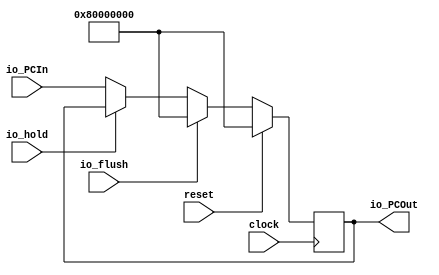
module PC(
  input         clock,
  input         reset,
  input         io_flush,
  input         io_hold,
  input  [31:0] io_PCIn,
  output [31:0] io_PCOut
);
`ifdef RANDOMIZE_REG_INIT
  reg [31:0] _RAND_0;
`endif // RANDOMIZE_REG_INIT
  reg [31:0] PCReg; // @[PC.scala 20:22]
  assign io_PCOut = PCReg; // @[PC.scala 26:12]
  always @(posedge clock) begin
    if (reset) begin // @[PC.scala 20:22]
      PCReg <= 32'h80000000; // @[PC.scala 20:22]
    end else if (io_flush) begin // @[PC.scala 22:18]
      PCReg <= 32'h80000000; // @[PC.scala 22:26]
    end else if (!(io_hold)) begin // @[PC.scala 23:19]
      PCReg <= io_PCIn; // @[PC.scala 24:26]
    end
  end
// Register and memory initialization
`ifdef RANDOMIZE_GARBAGE_ASSIGN
`define RANDOMIZE
`endif
`ifdef RANDOMIZE_INVALID_ASSIGN
`define RANDOMIZE
`endif
`ifdef RANDOMIZE_REG_INIT
`define RANDOMIZE
`endif
`ifdef RANDOMIZE_MEM_INIT
`define RANDOMIZE
`endif
`ifndef RANDOM
`define RANDOM $random
`endif
`ifdef RANDOMIZE_MEM_INIT
  integer initvar;
`endif
`ifndef SYNTHESIS
`ifdef FIRRTL_BEFORE_INITIAL
`FIRRTL_BEFORE_INITIAL
`endif
initial begin
  `ifdef RANDOMIZE
    `ifdef INIT_RANDOM
      `INIT_RANDOM
    `endif
    `ifndef VERILATOR
      `ifdef RANDOMIZE_DELAY
        #`RANDOMIZE_DELAY begin end
      `else
        #0.002 begin end
      `endif
    `endif
`ifdef RANDOMIZE_REG_INIT
  _RAND_0 = {1{`RANDOM}};
  PCReg = _RAND_0[31:0];
`endif // RANDOMIZE_REG_INIT
  `endif // RANDOMIZE
end // initial
`ifdef FIRRTL_AFTER_INITIAL
`FIRRTL_AFTER_INITIAL
`endif
`endif // SYNTHESIS
endmodule